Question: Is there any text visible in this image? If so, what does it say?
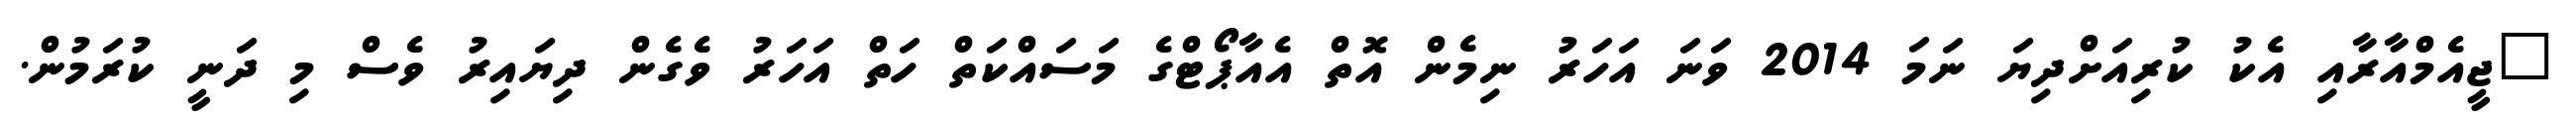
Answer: "ޖީއެމްއާރާއި އެކު ކުރިއަށްދިޔަ ނަމަ 2014 ވަނަ އަހަރު ނިމެން އޮތް އެއާޕޯޓްގެ މަސައްކަތް ހަތް އަހަރު ވެގެން ދިޔައިރު ވެސް މި ދަނީ ކުރަމުން.